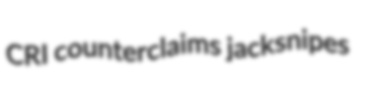
CRI counterclaims jacksnipes